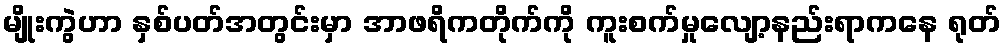
မျိုးကွဲဟာ နှစ်ပတ်အတွင်းမှာ အာဖရိကတိုက်ကို ကူးစက်မှုလျော့နည်းရာကနေ ရုတ်